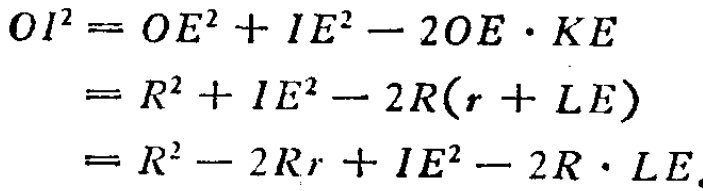
\[
\begin{align*}
OI^{2}&=OE^{2}+IE^{2}-2OE\cdot KE\\
&=R^{2}+IE^{2}-2R(r + LE)\\
&=R^{2}-2Rr+IE^{2}-2R\cdot LE
\end{align*}
\]